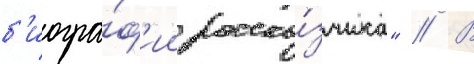
б'иогра́ф'ии расска́зчика" // В